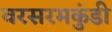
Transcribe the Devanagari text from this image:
वरसरमकुंडी